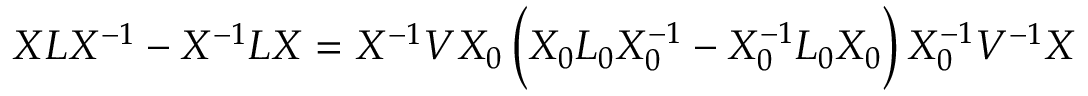
X L X ^ { - 1 } - X ^ { - 1 } L X = X ^ { - 1 } V X _ { 0 } \, \Big ( X _ { 0 } L _ { 0 } X _ { 0 } ^ { - 1 } - X _ { 0 } ^ { - 1 } L _ { 0 } X _ { 0 } \Big ) \, X _ { 0 } ^ { - 1 } V ^ { - 1 } X